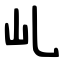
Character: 乢